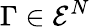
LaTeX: \Gamma\in\mathcal{E}^{N}